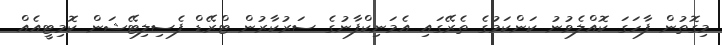
މިގޮތުން ފާހަގަ ކޮއްލެވުނު ކަންކަމުގެ ތެރޭގައި އެމަނިކްފާނުގެ ސަރުކާރުން ޓްރޭޑް ފެސިލިޓޭޝަން ކޮމިޓީއެއް